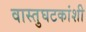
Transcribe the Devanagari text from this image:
वास्तुघटकांशी